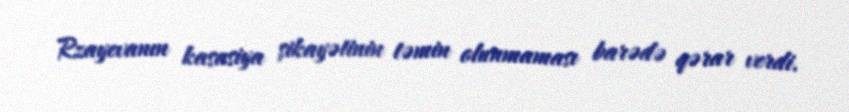
Rzayevanın kasasiya şikayətinin təmin olunmaması barədə qərar verdi.